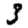
Digit: 3